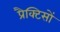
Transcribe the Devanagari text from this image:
प्रैक्टिसों